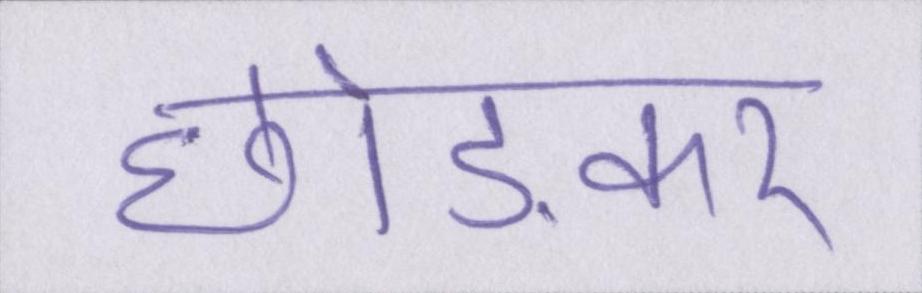
छोङकर